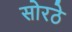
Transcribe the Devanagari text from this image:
सोरठे